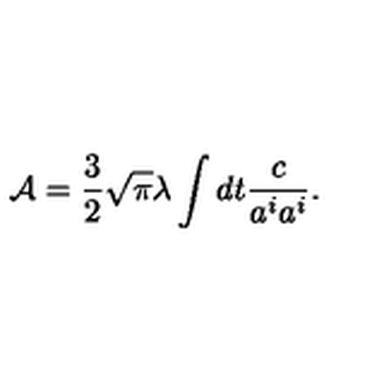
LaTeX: { \cal A } = { \frac { 3 } { 2 } } \sqrt { \pi } \lambda \int d t { \frac { c } { a ^ { i } a ^ { i } } } .